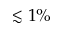
\lesssim 1 \%